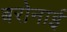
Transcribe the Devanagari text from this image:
बरोनाई